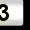
Digit: 3